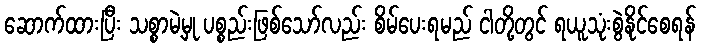
ဆောက်ထားပြီး သစ္စာမဲ့မှု ပစ္စည်းဖြစ်သော်လည်း စိမ်ပေးရမည် ငါတို့တွင် ရယူသုံးစွဲနိုင်စေရန်